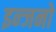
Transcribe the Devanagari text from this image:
इन्जनो